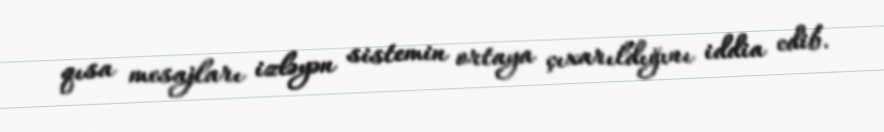
qısa mesajları izləyən sistemin ortaya çıxarıldığını iddia edib.